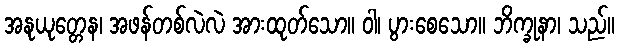
အနုယုတ္တေန၊ အဖန်တစ်လဲလဲ အားထုတ်သော။ ဝါ၊ ပွားစေသော။ ဘိက္ခုနာ၊ သည်။